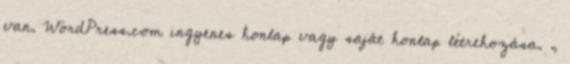
van. WordPress.com ingyenes honlap vagy saját honlap létrehozása. ,